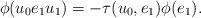
LaTeX: \begin{align*}\phi(u_0e_1u_1) = -\tau(u_0,e_1) \phi(e_1).\end{align*}